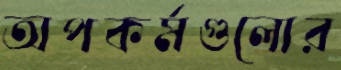
অপকর্মগুলোর